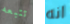
تتبعه انه